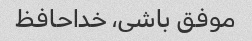
موفق باشی، خداحافظ